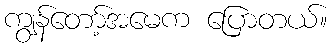
ကျွန်တော့်အမေက ပြောတယ်။